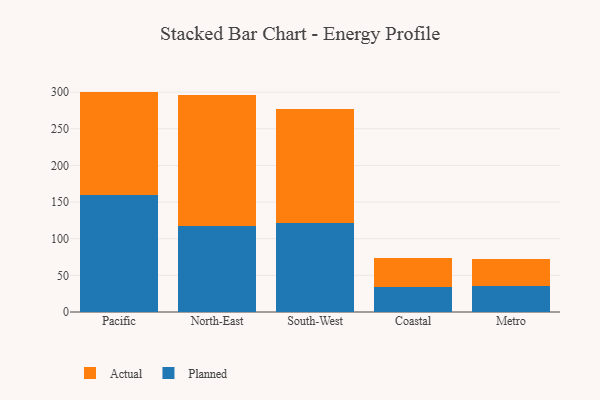
{"axis": {"x": "Region", "y": "Conversion Rate (%)"}, "legend": ["Actual", "Planned"], "data": [{"x": "Pacific", "y": 159.5, "type": "Planned"}, {"x": "Pacific", "y": 141.2, "type": "Actual"}, {"x": "North-East", "y": 117.0, "type": "Planned"}, {"x": "North-East", "y": 178.6, "type": "Actual"}, {"x": "South-West", "y": 121.8, "type": "Planned"}, {"x": "South-West", "y": 155.8, "type": "Actual"}, {"x": "Coastal", "y": 34.2, "type": "Planned"}, {"x": "Coastal", "y": 40.1, "type": "Actual"}, {"x": "Metro", "y": 35.7, "type": "Planned"}, {"x": "Metro", "y": 36.1, "type": "Actual"}]}